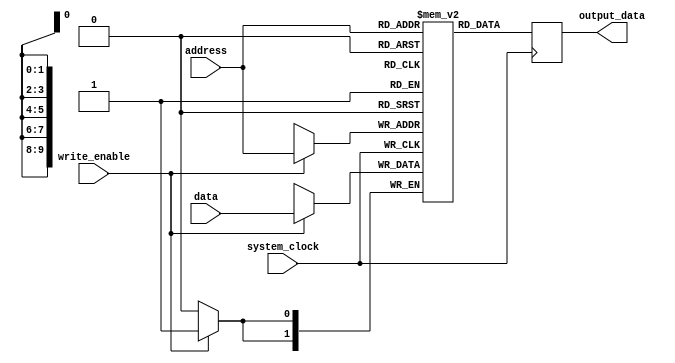
module SDRAM (
  input wire system_clock,
  input wire [9:0] address,
  input wire write_enable,
  input wire [1:0] data,
  output reg [1:0] output_data
);

reg [1:0] memory_array [0:1023];

always @(posedge system_clock) begin
  if(write_enable) begin
    memory_array[address] <= data;
  end
  output_data <= memory_array[address];
end

endmodule